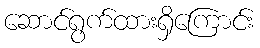
ဆောင်ရွက်ထားရှိကြောင်း